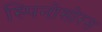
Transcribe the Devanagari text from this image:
स्‍पिनोसोरस